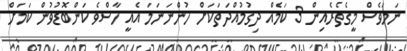
ނަމަވެސް މީގެތެރެއިން 3 ކަމެއް ދިގުމުއްދަތަކަށް ހުންނަނަމަ އެއީ ހާސްވެ ކަންބޮޑުވުން ކަމަށް